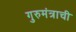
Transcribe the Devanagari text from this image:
गुरुमंत्राची